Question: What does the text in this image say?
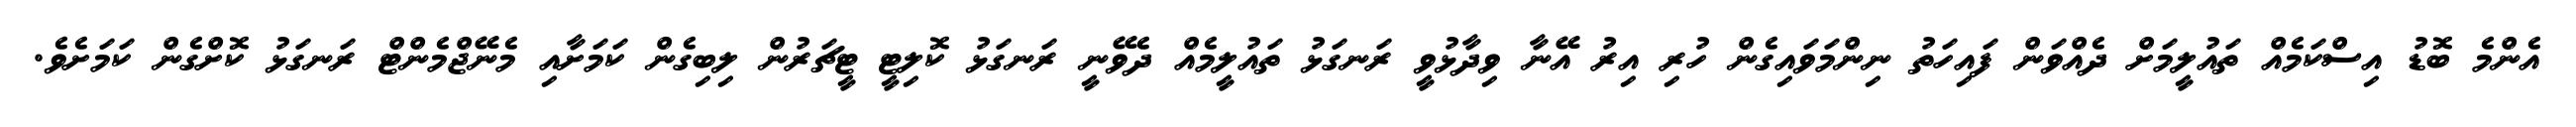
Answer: އެންމެ ބޮޑު އިސްކަމެއް ތައުލީމަށް ދެއްވަން ފައިހަތު ނިންމަވައިގެން ހުރި އިރު އޭނާ ވިދާޅުވީ ރަނގަޅު ތައުލީމެއް ދެވޭނީ ރަނގަޅު ކޮލިޓީ ޓީޗަރުން ލިބިގެން ކަމަށާއި މެނޭޖްމެންޓް ރަނގަޅު ކޮށްގެން ކަމަށެވެ.